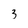
Character: 3